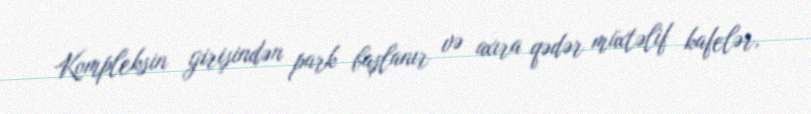
Kompleksin girişindən park başlanır və axıra qədər müxtəlif kafelər,